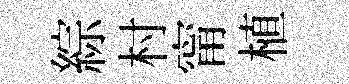
綜村甯植